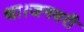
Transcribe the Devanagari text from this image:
था।जनवरी